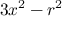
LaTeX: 3 x ^ { 2 } - r ^ { 2 }